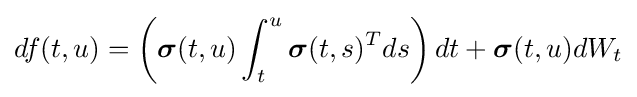
df(t,u)=\left({\boldsymbol {\sigma }}(t,u)\int _{t}^{u}{\boldsymbol {\sigma }}(t,s)^{T}ds\right)dt+{\boldsymbol {\sigma }}(t,u)dW_{t}